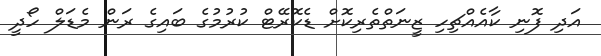
އަދި ފޮނި ކާއެއްޗިހި ޒީނަތްތެރިކޮށް ޑެކޮރޭޓް ކުރުމުގެ ބައިގެ ރަން މެޑަލް ހޯދީ